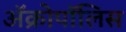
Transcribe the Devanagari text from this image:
ॲक्रोपॉलिस